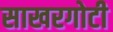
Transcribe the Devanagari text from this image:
साखरगोटी